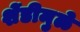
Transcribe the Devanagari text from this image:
शेंडीमुळे